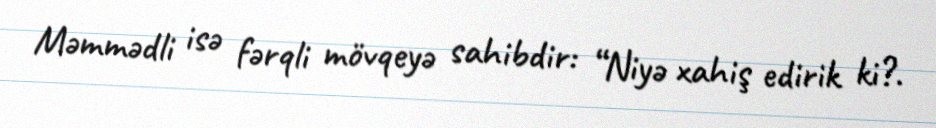
Məmmədli isə fərqli mövqeyə sahibdir: “Niyə xahiş edirik ki?.